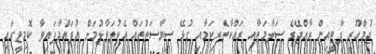
ޖުމްހޫރީ ޕާޓީއިން ރާއްޖޭގެ ސަލާމަތާއި ރައްކާތެރިކަމާއި ގުޅޭ ސިޔާސަތުތައް އެކުލަވާލުމަށް އުފައްދާފައިވާ ކޮމިޓީގައި